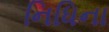
નિધિના